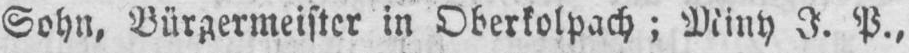
P.,